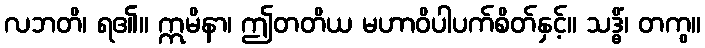
လဘတိ၊ ရ၏။ ဣမိနာ၊ ဤတတိယ မဟာဝိပါပက်စိတ်နှင့်။ သဒ္ဓိံ၊ တကွ။